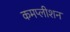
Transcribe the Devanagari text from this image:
कमप्लीशन